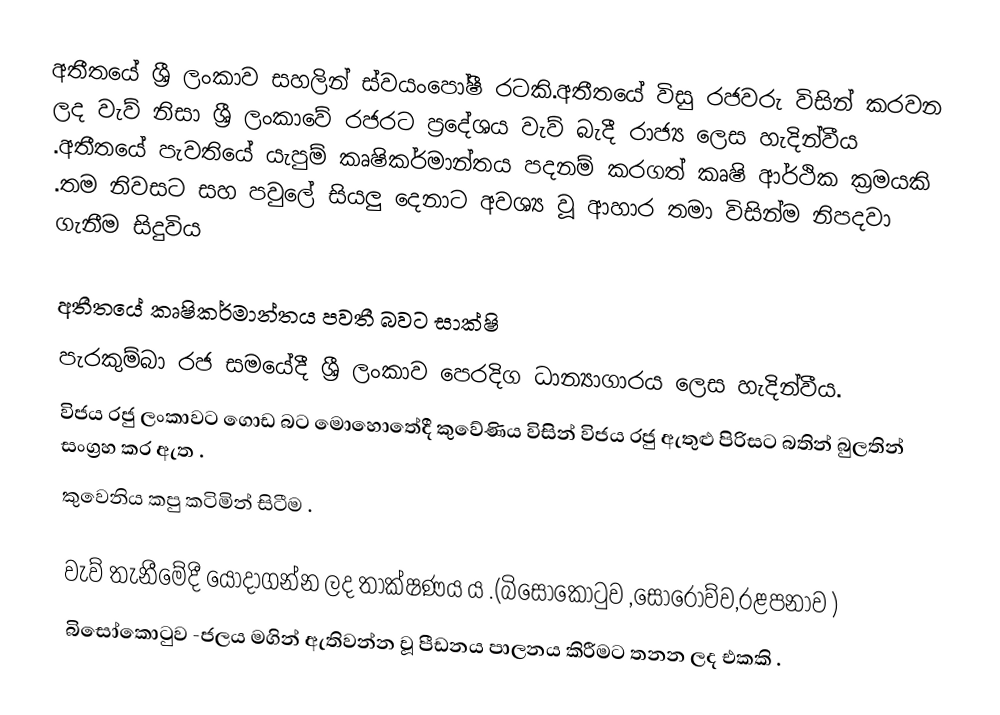
අතීතයේ ශ්‍රී ලංකාව සහලින් ස්වයංපෝෂී රටකි.අතීතයේ විසු රජවරු විසින් කරවන ලද වැව් නිසා ශ්‍රී ලංකාවේ රජරට ප්‍රදේශය වැව් බැදී රාජ්‍ය ලෙස හැදින්වීය .අතීතයේ පැවතියේ යැපුම් කෘෂිකර්මාන්තය පදනම් කරගත් කෘෂි ආර්ථික ක්‍රමයකි .තම නිවසට සහ පවුලේ  සියලු දෙනාට අවශ්‍ය වූ ආහාර තමා විසින්ම නිපදවා ගැනීම සිදුවිය

අතීතයේ කෘෂිකර්මාන්තය පවතී බවට සාක්ෂි
 පැරකුම්බා රජ සමයේදී ශ්‍රී ලංකාව පෙරදිග ධාන්‍යාගාරය ලෙස හැදින්වීය.
 විජය රජු ලංකාවට ගොඩ බට මොහොතේදී කුවේණිය විසින් විජය රජු ඇතුළු පිරිසට බතින් බුලතින් සංග්‍රහ කර ඇත .
 කුවෙනිය කපු කටිමින් සිටීම .

වැව් තැනීමේදී යොදාගන්න ලද තාක්ෂණය ය .(බිසෝකොටුව ,සොරොව්ව,රළපනාව )
 බිසෝකොටුව -ජලය මගින් ඇතිවන්න වූ පීඩනය පාලනය කිරීමට තනන ලද එකකි .